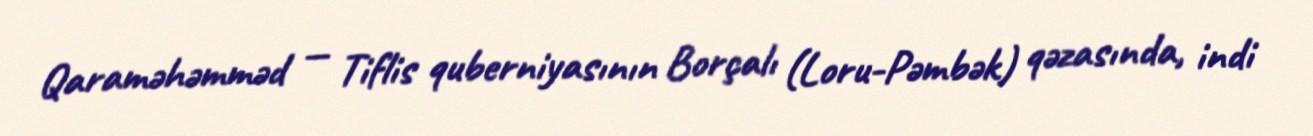
Qaraməhəmməd — Tiflis quberniyasının Borçalı (Loru-Pəmbək) qəzasında, indi